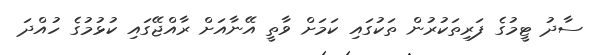
ސާދު ޓީމުގެ ފަރިތަކުރުން ތަކުގައި ކަމަށް ވާތީ އޭނާއަށް ރާއްޖޭގައި ކުޅުމުގެ ހުއްދަ